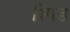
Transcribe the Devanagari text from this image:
स्पिड